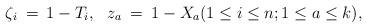
LaTeX: \begin{align*}\zeta_i \: = \: 1 - T_i, \: \: \: z_a \: = \: 1-X_a (1 \le i \le n\/; 1 \le a \le k) \/,\end{align*}